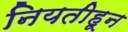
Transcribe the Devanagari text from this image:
नियतीहून